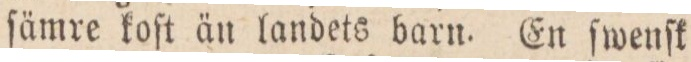
ſämre koſt än landets barn. En ſwenſk